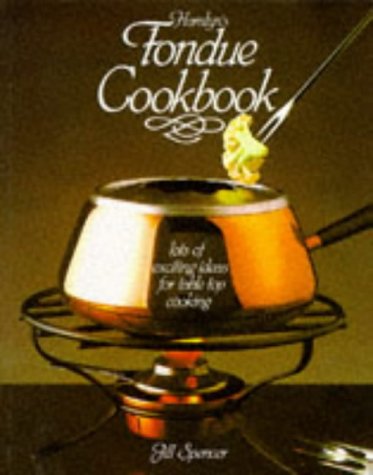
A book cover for Fondue Cookbook; Alison Burt; Cookbooks, Food & Wine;